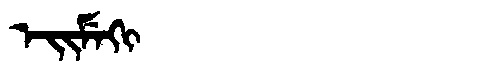
Manchu: ᡝᡳᠮᡝᡴᡳ
Romanization: EIMEKI